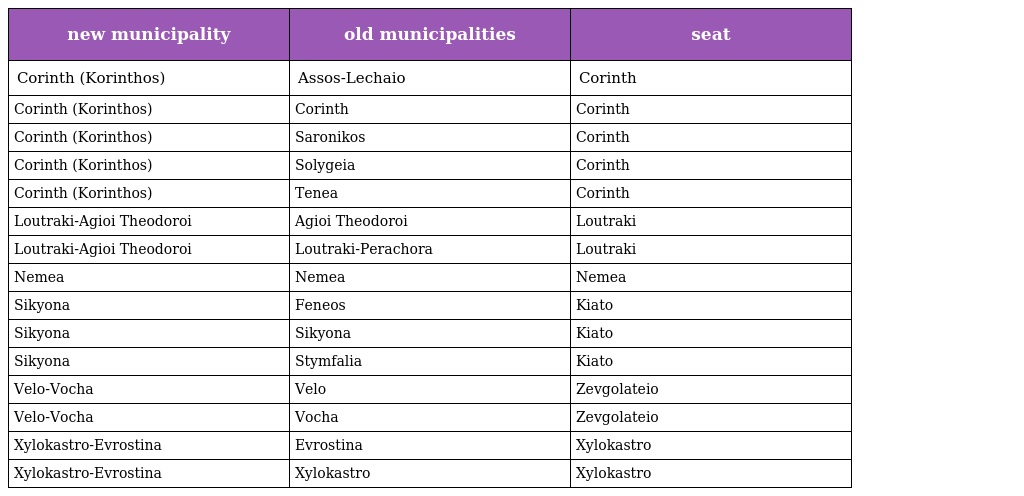
| new municipality | old municipalities | seat |
 | --- | --- | --- |
 | Corinth (Korinthos) | Assos-Lechaio | Corinth |
 | Corinth (Korinthos) | Corinth | Corinth |
 | Corinth (Korinthos) | Saronikos | Corinth |
 | Corinth (Korinthos) | Solygeia | Corinth |
 | Corinth (Korinthos) | Tenea | Corinth |
 | Loutraki-Agioi Theodoroi | Agioi Theodoroi | Loutraki |
 | Loutraki-Agioi Theodoroi | Loutraki-Perachora | Loutraki |
 | Nemea | Nemea | Nemea |
 | Sikyona | Feneos | Kiato |
 | Sikyona | Sikyona | Kiato |
 | Sikyona | Stymfalia | Kiato |
 | Velo-Vocha | Velo | Zevgolateio |
 | Velo-Vocha | Vocha | Zevgolateio |
 | Xylokastro-Evrostina | Evrostina | Xylokastro |
 | Xylokastro-Evrostina | Xylokastro | Xylokastro |